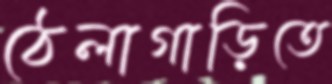
ঠেলাগাড়িতে